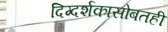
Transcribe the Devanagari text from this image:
दिग्दर्शकासोबतही